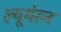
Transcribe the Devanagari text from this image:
ल्यूथेरन